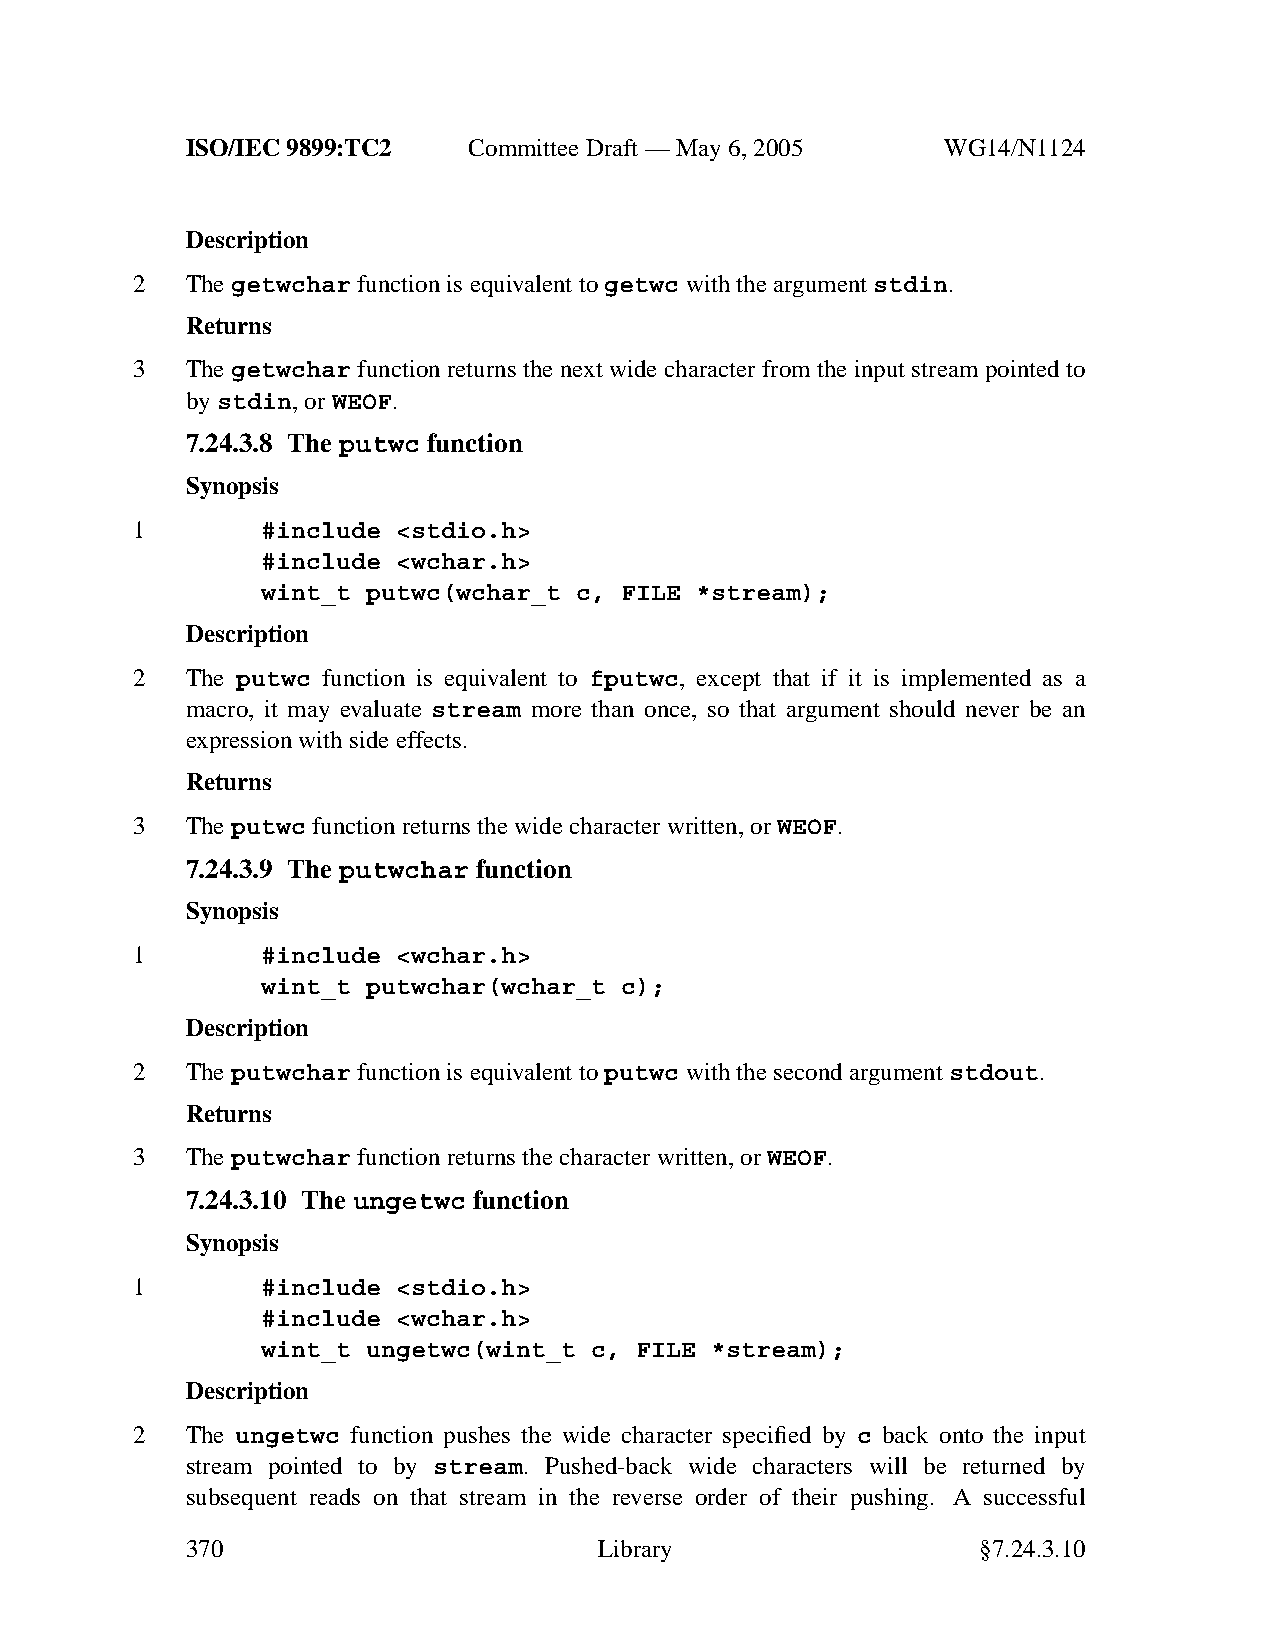
ISO/IEC 9899:TC2   Committee Draft — May 6, 2005   WG14/N1124
 Description
 2  Thegetwchar function is equivalent to getwc with the argumentstdin.
 Returns
 3  The getwchar function returns the next wide character from the input stream pointed to
 bystdin,orWEOF.
 7.24.3.8 The putwc function
 Synopsis
 1       #include <stdio.h>
 #include <wchar.h>
 wint_t putwc(wchar_t c, FILE *stream);
 Description
 2  The putwc function is equivalent to fputwc, except that if it is implemented as a
 macro, it may evaluate stream more than once, so that argument should never be an
 expression with side effects.
 Returns
 3  Theputwc function returns the wide character written, orWEOF.
 7.24.3.9 The putwchar function
 Synopsis
 1       #include <wchar.h>
 wint_t putwchar(wchar_t c);
 Description
 2  Theputwchar function is equivalent to putwc with the second argumentstdout.
 Returns
 3  Theputwchar function returns the character written, orWEOF.
 7.24.3.10 The ungetwc function
 Synopsis
 1       #include <stdio.h>
 #include <wchar.h>
 wint_t ungetwc(wint_t c, FILE *stream);
 Description
 2  The ungetwc function pushes the wide character specified by c back onto the input
 stream pointed to by stream. Pushed-back wide characters will be returned by
 subsequent reads on that stream in the reverse order of their pushing. A successful
 370                         Library                  §7.24.3.10